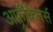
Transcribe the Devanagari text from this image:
अफ़्रीकैनर्स